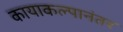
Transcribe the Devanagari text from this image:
कायाकल्पानंतर